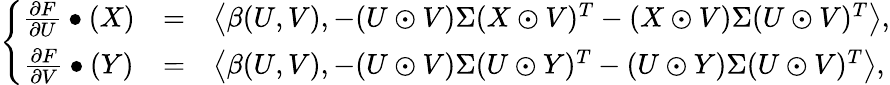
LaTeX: \left\{ \begin{array}{ccl}{\frac{\partial F}{\partial U}\bullet(X)}&{=}&{\left<\beta(U,V),-(U\odot V)\Sigma(X\odot V)^{T}-(X\odot V)\Sigma(U\odot V)^{T}\right>,}\\ {\frac{\partial F}{\partial V}\bullet(Y)}&{=}&{\left<\beta(U,V),-(U\odot V)\Sigma(U\odot Y)^{T}-(U\odot Y)\Sigma(U\odot V)^{T}\right>,}\end{array}\right.